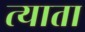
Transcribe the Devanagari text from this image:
त्याता